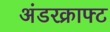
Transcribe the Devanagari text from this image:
अंडरक्राफ्ट